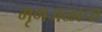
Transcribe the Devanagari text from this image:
मृगजळाचा